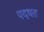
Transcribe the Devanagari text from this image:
पदधत